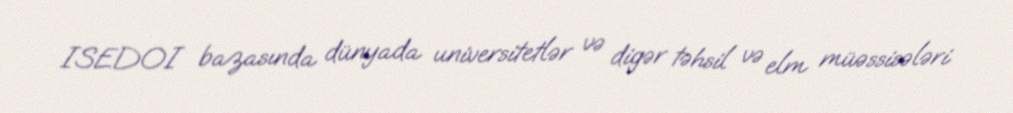
ISEDOI bazasında dünyada universitetlər və digər təhsil və elm müəssisələri